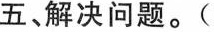
五、解决问题。(